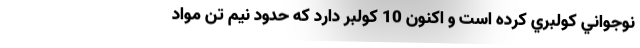
نوجواني كولبري كرده است و اكنون 10 كولبر دارد كه حدود نيم تن مواد